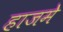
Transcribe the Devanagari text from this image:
हाजमे